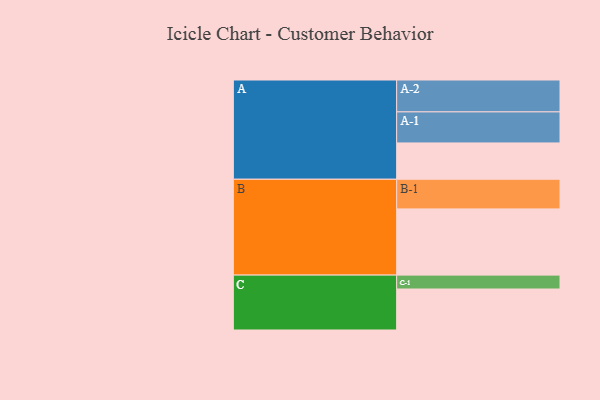
{"axis": {"x": "Segment", "y": "Value"}, "legend": ["", "A", "B", "C"], "data": [{"x": "A", "y": 311, "type": ""}, {"x": "B", "y": 567, "type": ""}, {"x": "C", "y": 351, "type": ""}, {"x": "A-1", "y": 266, "type": "A"}, {"x": "A-2", "y": 273, "type": "A"}, {"x": "B-1", "y": 254, "type": "B"}, {"x": "C-1", "y": 119, "type": "C"}]}